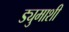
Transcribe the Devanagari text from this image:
ड्युमाशी